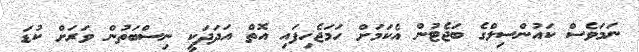
ނަމަވެސް ކައުންސިލްގެ ބަޖެޓުން އެކަމަށް ހަމަޖެހިފައި އޮތް އަދަދަކީ ނިސްބަތުން ވަރަށް ކުޑަ